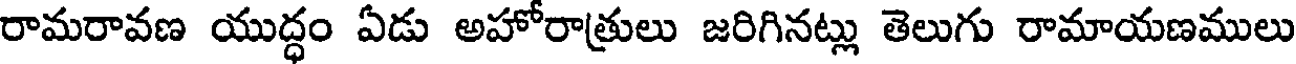
రామరావణ యుద్ధం ఏడు అహోరాత్రులు జరిగినట్లు తెలుగు రామాయణములు